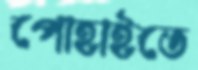
পোহাইতে